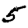
Digit: 5